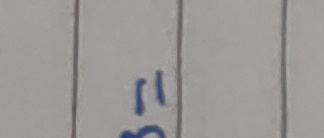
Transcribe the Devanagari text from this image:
ह "